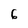
Character: 6